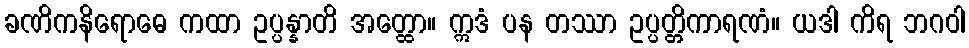
ခဏိကနိရောဓေ ကထာ ဥပ္ပန္နာတိ အတ္ထော။ ဣဒံ ပန တဿာ ဥပ္ပတ္တိကာရဏံ။ ယဒါ ကိရ ဘဂဝါ